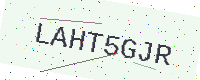
Text: LAHT5GJR